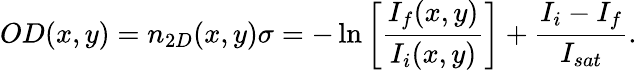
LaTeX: OD(x,y)=n_{2D}(x,y)\sigma=-\ln\left[{\frac{I_{f}(x,y)}{I_{i}(x,y)}}\right]+\frac{I_{i}-I_{f}}{I_{sat}}.